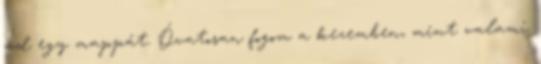
ad egy mappát. Óvatosan fogom a kezemben, mint valami